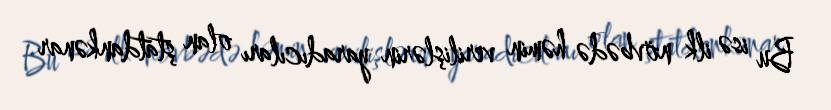
Bu isə ilk növbədə həmin verilişlərin yaradıcıları olan ştatdankənar